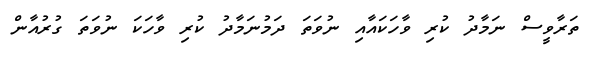
ތަރާވީސް ނަމާދު ކުރި ވާހަކައާއި ނުވަތަ ދަމުނަމާދު ކުރި ވާހަކަ ނުވަތަ ގުރުއާން